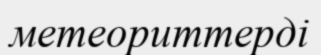
метеориттерді